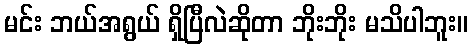
မင်း ဘယ်အရွယ် ရှိပြီလဲဆိုတာ ဘိုးဘိုး မသိပါဘူး။